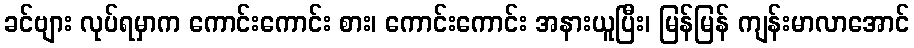
ခင်ဗျား လုပ်ရမှာက ကောင်းကောင်း စား၊ ကောင်းကောင်း အနားယူပြီး၊ မြန်မြန် ကျန်းမာလာအောင်